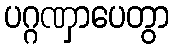
ပဂ္ဂဏှာပေတွာ